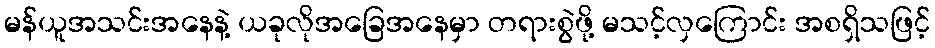
မန်ယူအသင်းအနေနဲ့ ယခုလိုအခြေအနေမှာ တရားစွဲဖို့ မသင့်လှကြောင်း အစရှိသဖြင့်